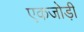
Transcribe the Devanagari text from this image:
एकजोड़ी